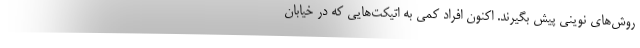
روش‌های نوینی پیش بگیرند. اکنون افراد کمی به اتیکت‌هایی که در خیابان